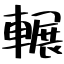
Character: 輾